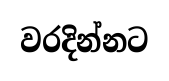
වරදින්නට